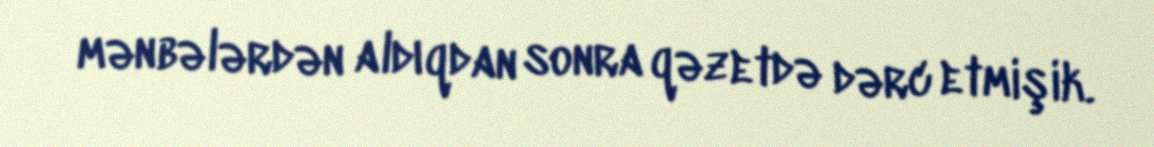
mənbələrdən aldıqdan sonra qəzetdə dərc etmişik.